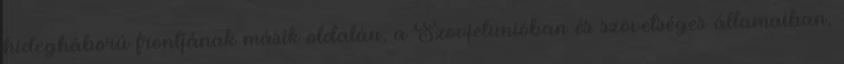
hidegháború frontjának másik oldalán, a Szovjetunióban és szövetséges államaiban,